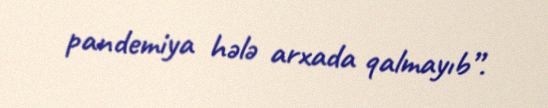
pandemiya hələ arxada qalmayıb”.